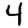
Digit: 4